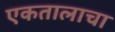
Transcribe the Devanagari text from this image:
एकतालाचा